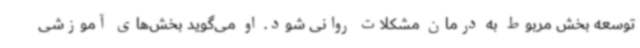
توسعه بخش مربوط به درمان مشکلات روانی شود. او می‌گوید بخش‌های آموزشی